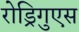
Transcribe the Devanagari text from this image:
रोड्रिगुएस